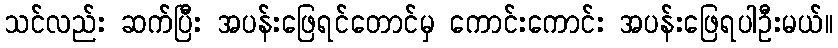
သင်လည်း ဆက်ပြီး အပန်းဖြေရင်တောင်မှ ကောင်းကောင်း အပန်းဖြေရပါဦးမယ်။